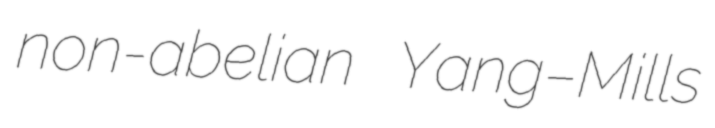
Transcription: non-abelian Yang–Mills